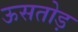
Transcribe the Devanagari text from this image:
ऊसतोड़